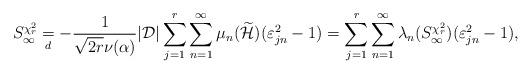
LaTeX: \begin{align*}S_{\infty }^{\chi^{2}_{r}}\underset{d}{=} -\frac{1}{\sqrt{2r}\nu(\alpha )}|\mathcal{D}|\sum_{j=1}^{r}\sum_{n=1}^{\infty}\mu_{n}(\widetilde{\mathcal{H}})(\varepsilon_{jn}^{2}-1)=\sum_{j=1}^{r}\sum_{n=1}^{\infty}\lambda_{n}(S_{\infty}^{\chi^{2}_{r}})(\varepsilon_{jn}^{2}-1), \end{align*}